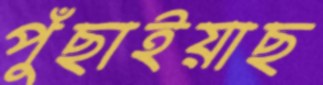
পুঁছাইয়াছ